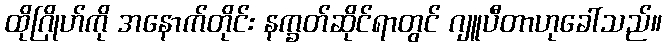
ထိုဂြိုဟ်ကို အနောက်တိုင်း နက္ခတ်ဆိုင်ရာတွင် ဂျူပီတာဟုခေါ်သည်။